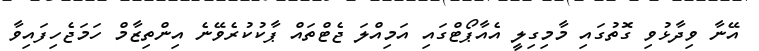
އޭނާ ވިދާޅުވި ގޮތުގައި މާމިގިލީ އެއާޕޯޓްގައި އަމިއްލަ ޖެޓްތައް ޕާކުކުރެވޭނެ އިންތިޒާމް ހަމަޖެހިފައިވާ